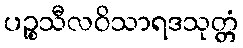
ပဉ္စသီလဝိသာရဒသုတ္တံ